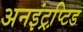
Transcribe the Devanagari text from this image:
अनइंट्रप्टि़ड